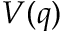
V ( q )